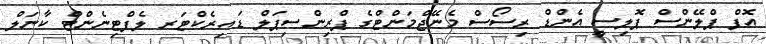
އޮފް ޕްލޭންސް ޕޮލިސީ އެންޑް ރިސޯސް މެނޭޖްމަންޓްގެ ޕްރިންސިޕަލް ޑައިރެކްޓަރ ލެފްޓިނެންޓް ކާނަލް